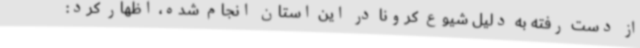
از دست رفته به دلیل شیوع کرونا در این استان انجام شده، اظهار کرد: